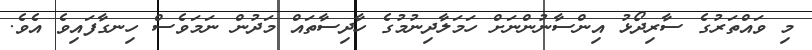
މި ވައްތަރުގެ ސާރިދޯޅު އިންސާނުންނަށް ހަމަލާދިނުމުގެ ހާދިސާތައް މަދުން ނަމަވެސް ހިނގާފައިވެ އެވެ.